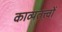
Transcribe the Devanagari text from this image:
काव्यतत्त्वों